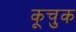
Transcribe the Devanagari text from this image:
कूचुक